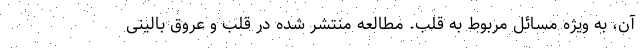
آن، به ویژه مسائل مربوط به قلب. مطالعه منتشر شده در قلب و عروق بالینی